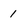
Character: 1